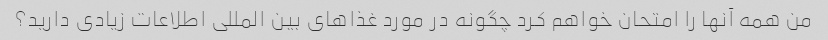
من همه آنها را امتحان خواهم کرد چگونه در مورد غذاهای بین المللی اطلاعات زیادی دارید؟